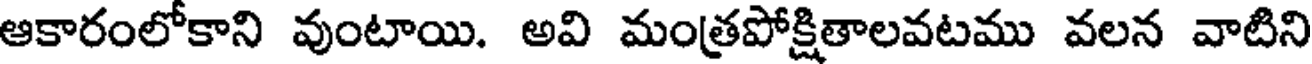
ఆకారంలోకాని వుంటాయి. అవి మంత్రపోక్షితాలవటము వలన వాటిని